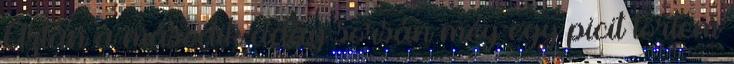
Aztán a második adag sorsán még egy picit törtem